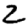
Digit: 2